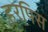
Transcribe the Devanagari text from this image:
हरपिस